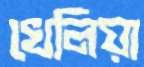
খেলিয়া